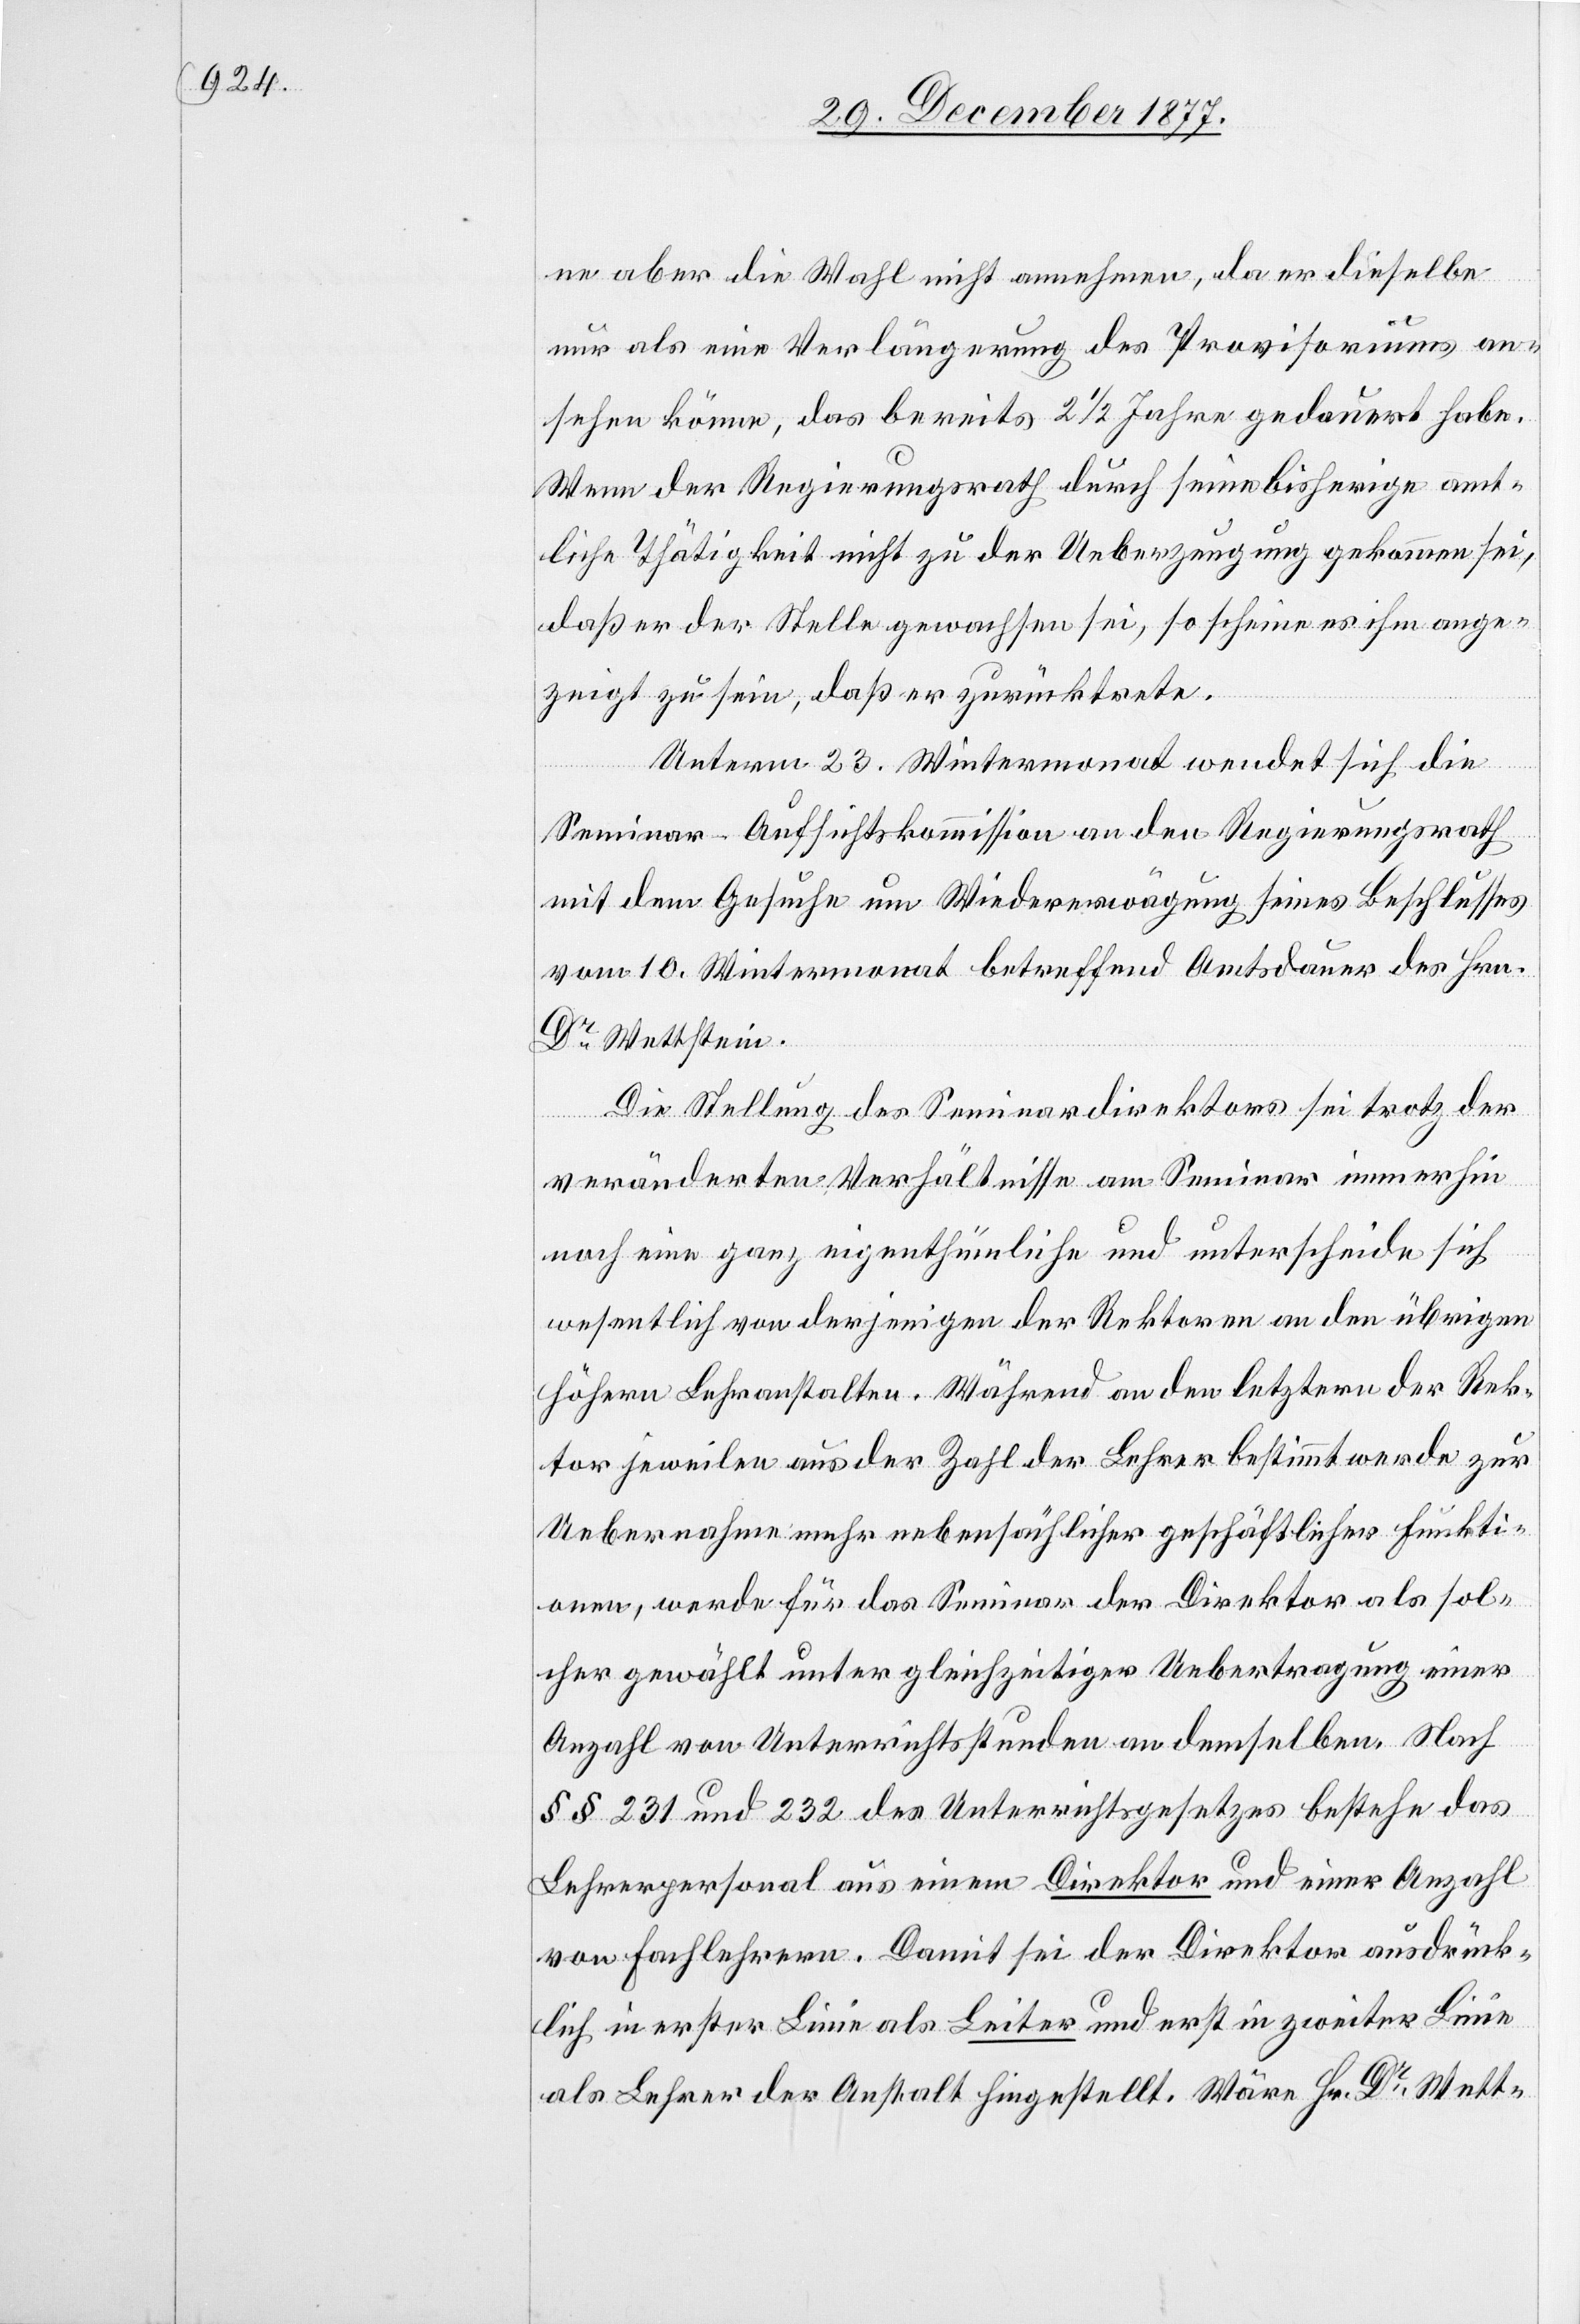
ne aber die Wahl nicht annehmen, da er dieselbe
nur als eine Verlängerung des Provisoriums an¬
sehen könne, das bereits 2 1/2 Jahre gedauert habe.
Wenn der Regierungsrath durch seine bisherige amt¬
liche Thätigkeit nicht zu der Ueberzeugung gekommen sei,
daß er der Stelle gewachsen sei, so scheine es ihm ange¬
zeigt zu sein, daß er zurücktrete.
Unterm 23. Wintermonat wendet sich die
Seminar-Aufsichtskommission an den Regierungsrath
mit dem Gesuche um Wiedererwägung seines Beschlusses
vom 10. Wintermonat betreffend Amtsdauer des Hrn.
Dr Wettstein.
Die Stellung des Seminardirektors sei trotz der
veränderten Verhältnisse am Seminar immerhin
noch eine ganz eigenthümliche und unterscheide sich
wesentlich von derjenigen der Rektoren an den übrigen
höhern Lehranstalten. Während an den letztern der Rek¬
tor jeweilen aus der Zahl der Lehrer bestimmt werde zur
Uebernahme mehr nebensächlicher geschäftlicher Funkti¬
onen, werde für das Seminar der Direktor als sol¬
cher gewählt unter gleichzeitiger Uebertragung einer
Anzahl von Unterrichtsstunden an demselben. Nach
§§ 231 und 232 des Unterrichtsgesetzes bestehe das
Lehrerpersonal aus einem Direktor und einer Anzahl
von Fachlehrern. Damit sei der Direktor ausdrück¬
lich in erster Linie als Leiter und erst in zweiter Linie
als Lehrer der Anstalt hingestellt. Wäre Hr. Dr Wett-